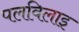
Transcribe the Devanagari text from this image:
पलविलाइ